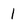
Character: 1